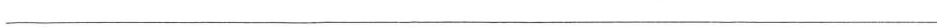
___